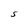
Character: s